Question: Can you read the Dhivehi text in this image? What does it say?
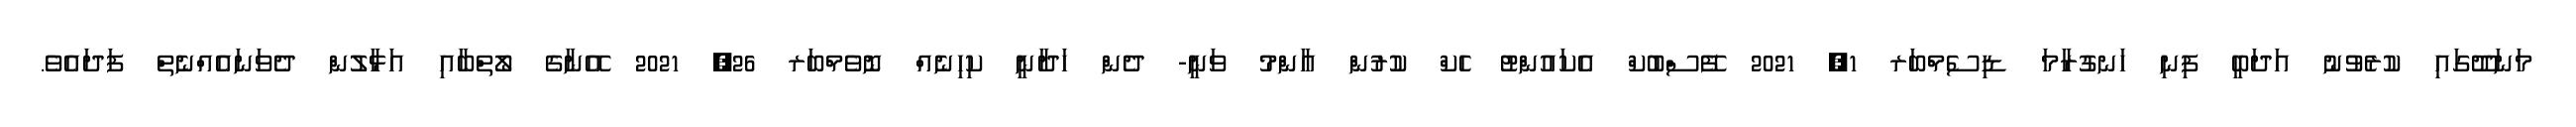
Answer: މަނަދޫގައި ކުރެވުނު އަދަބީ ފިނި ހަނގުރާމަ ޑިސެމްބަރ 1, 2021 ފޭސްބުކް އެކައުންޓު ހެކް ކުރުން އާންމު ވަނީ- ދެން ހަދާނީ ކިހިނެއް ނޮވެމްބަރ 26, 2021 އޭނާގެ ލޯތްބާއި އަޅާލުން ދެވަނައެއްނެތް ފަދައެވެ.